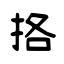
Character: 挌